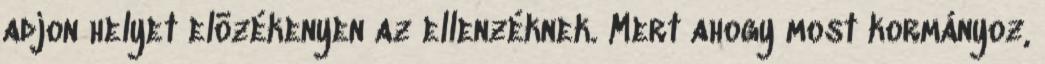
adjon helyet elõzékenyen az ellenzéknek. Mert ahogy most kormányoz,